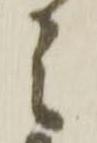
ミ